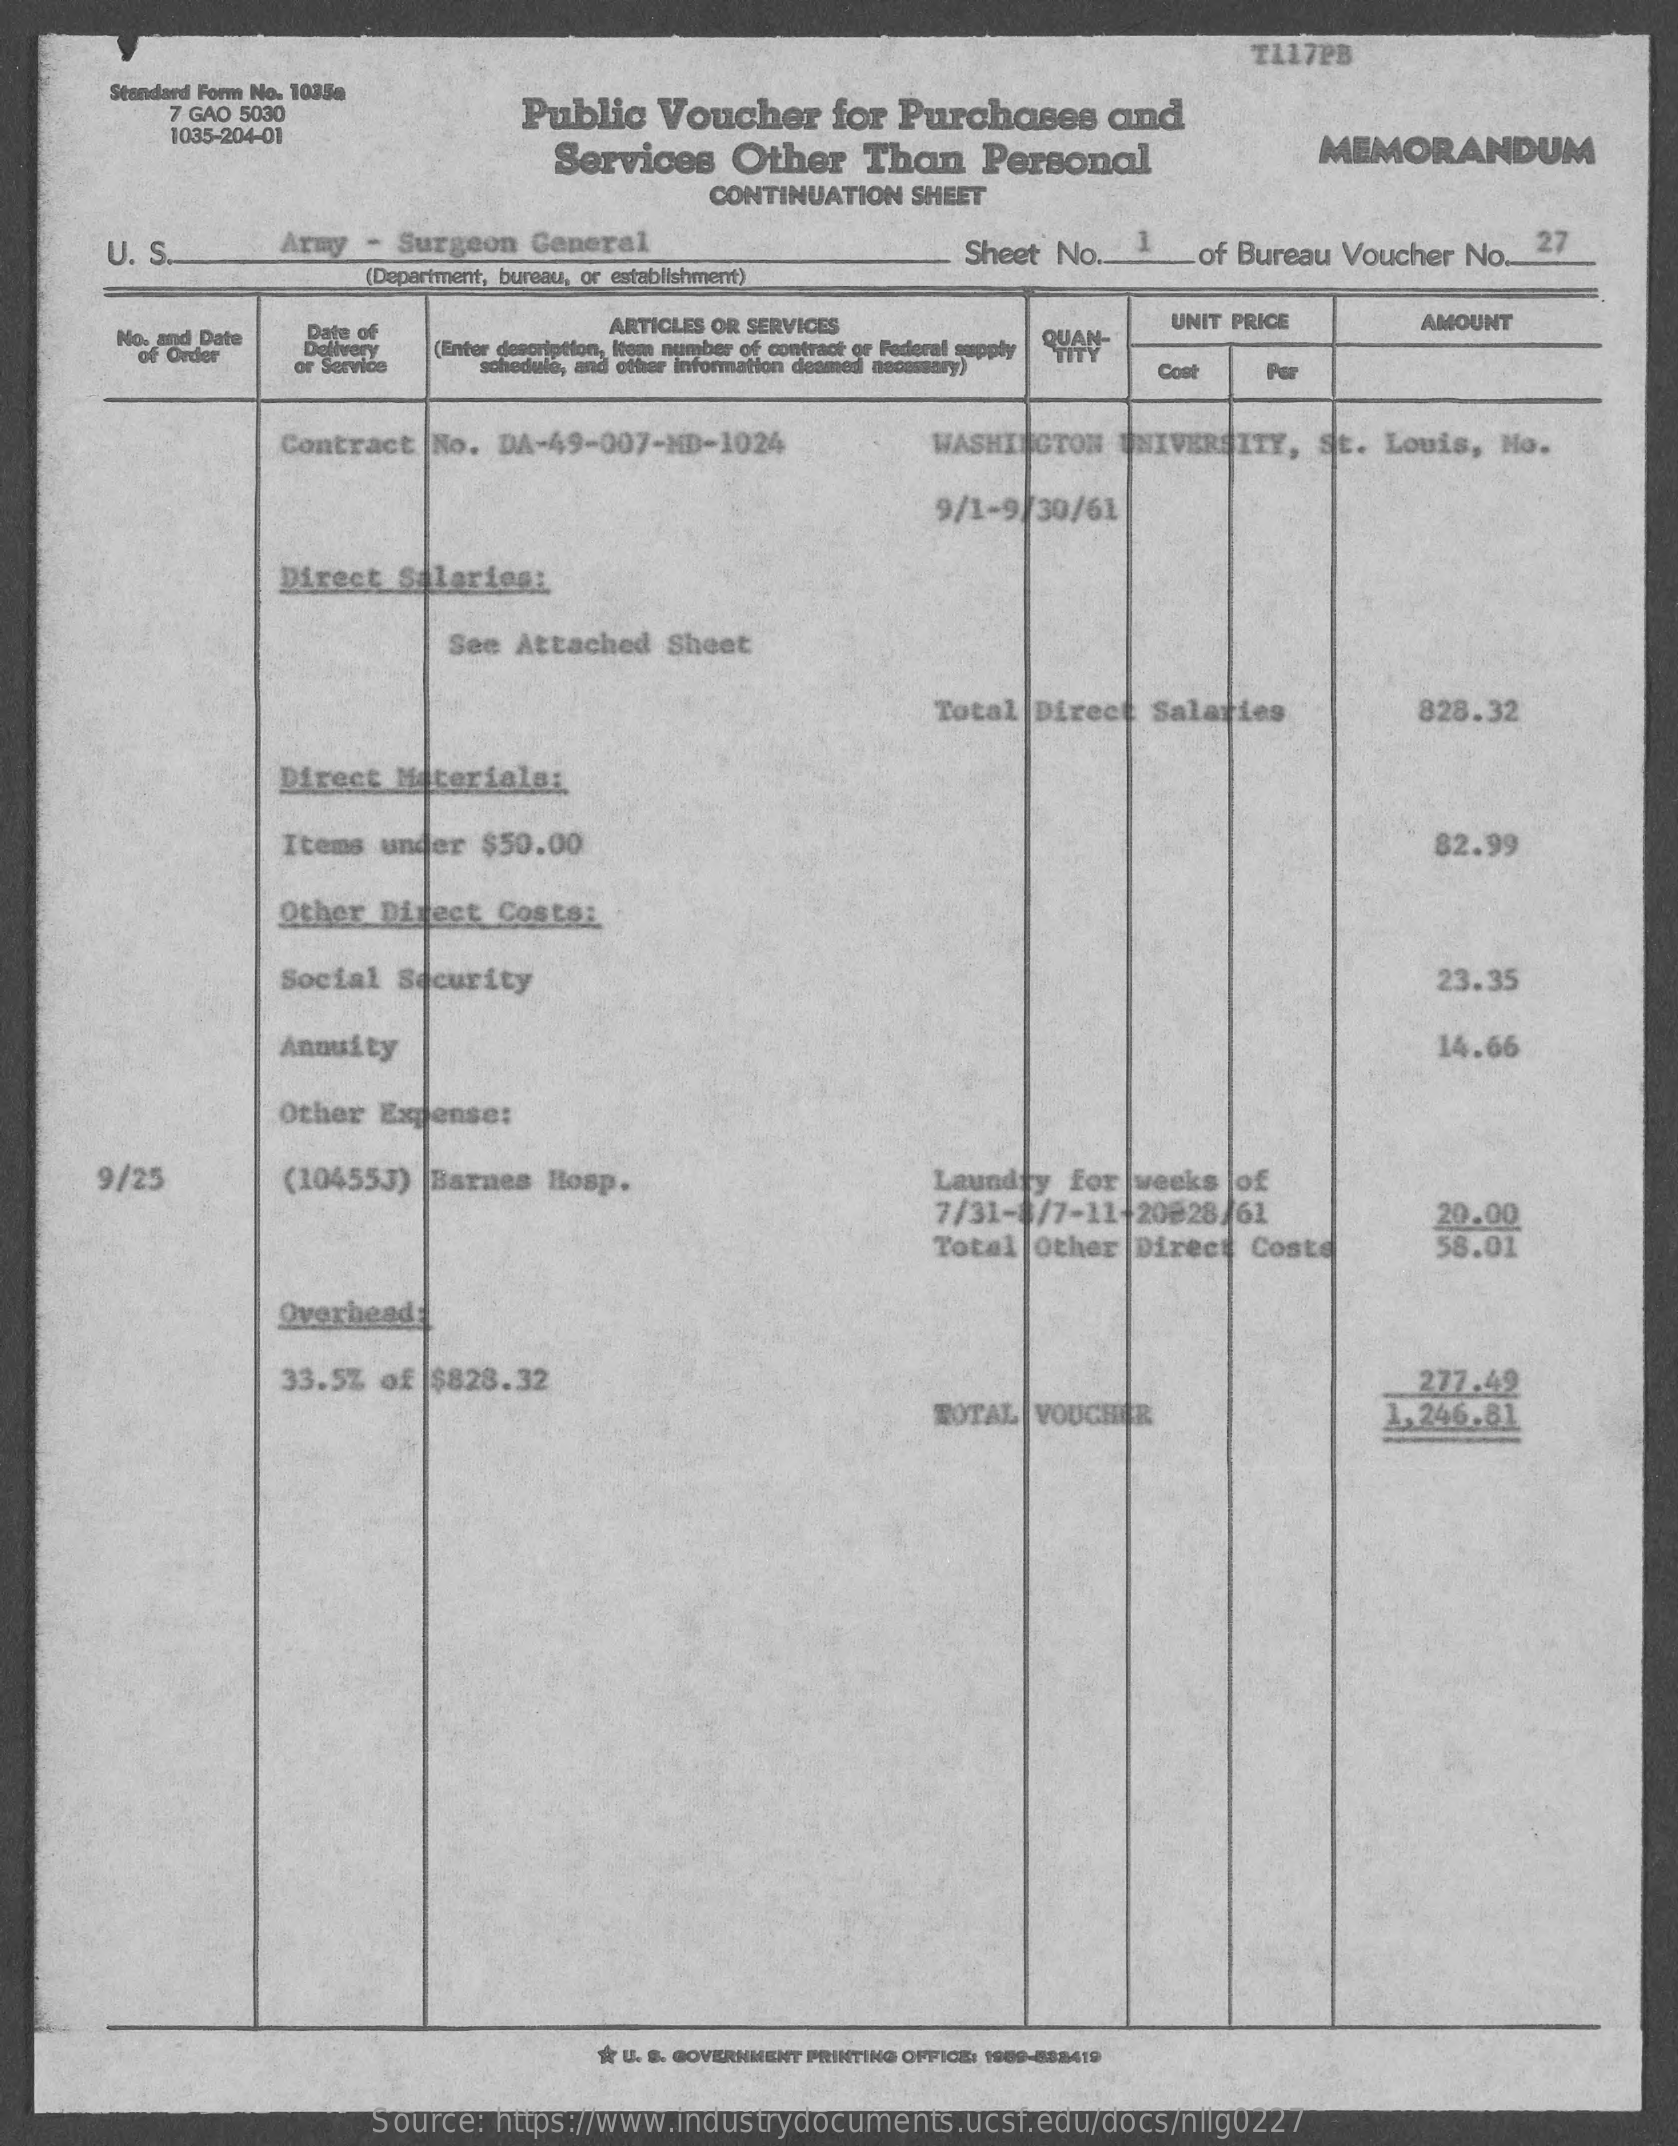
TI17PB
     Standard Form No. 1035a
     7 GAO 5030    Public Voucher for Purchases and
     1035-204-01
     Services Other Than Personal    MEMORANDUM
     CONTINUATION SHEET
     U. S.   Army - Surgeon General    Sheet No .__ 1 of Bureau Voucher No. 27
     (Department, bureau, or establishment)
     No. and Date Date of    ARTICLES OR SERVICES
     (Enter description, Item number of contract or Federal supply | "HAN-
     UNIT PRICE  AMOUNT
     of Order Delivery
     or Service schedule, and other Information deamed necessary) Cost Par
     Contract No. DA-49-007-HD-1024 WASHINGTON UNIVERSITY, St. Louis, No.
     9/1-9/30/61
     Direct Salariogi
     See Attached Sheet
     Total Direct Salaries  828.32
     Direct Materials:
     Items under $50.00    82.99
     Other Direct Costs:
     Social Security    23.35
     Annuity    14.66
     Other Expense:
     9/25    (104553) Barnes Hosp.    Laundty for weeks of
     7/31-4/7-11-20828/61
     Total Other Direct Costs
     20.00
     58.01
     Overhead
     33.5% of $828.32    277.42
     TOTAL VOUCHER    1,246.81
     * U. S. GOVERNMENT PRINTING OFFICE: 1900-802419
     Source: https://www.industrydocuments.ucsf.edu/docs/nllg0227